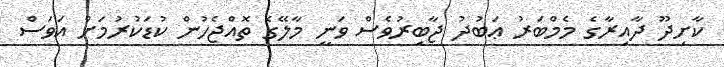
ކާށިދޫ ދާއިރާގެ މެމްބަރު ޢަބުދު ޖާބިރުވެސް ވަނީ މާލޭގެ ތޮއްޖެހުން ކުޑަކުރުމަށް އަވަސް